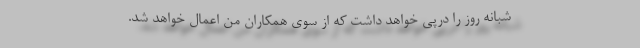
شبانه روز را درپی خواهد داشت که از سوی همکاران من اعمال خواهد شد.